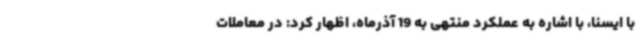
با ایسنا، با اشاره به عملکرد منتهی به 19 آذرماه، اظهار کرد: در معاملات